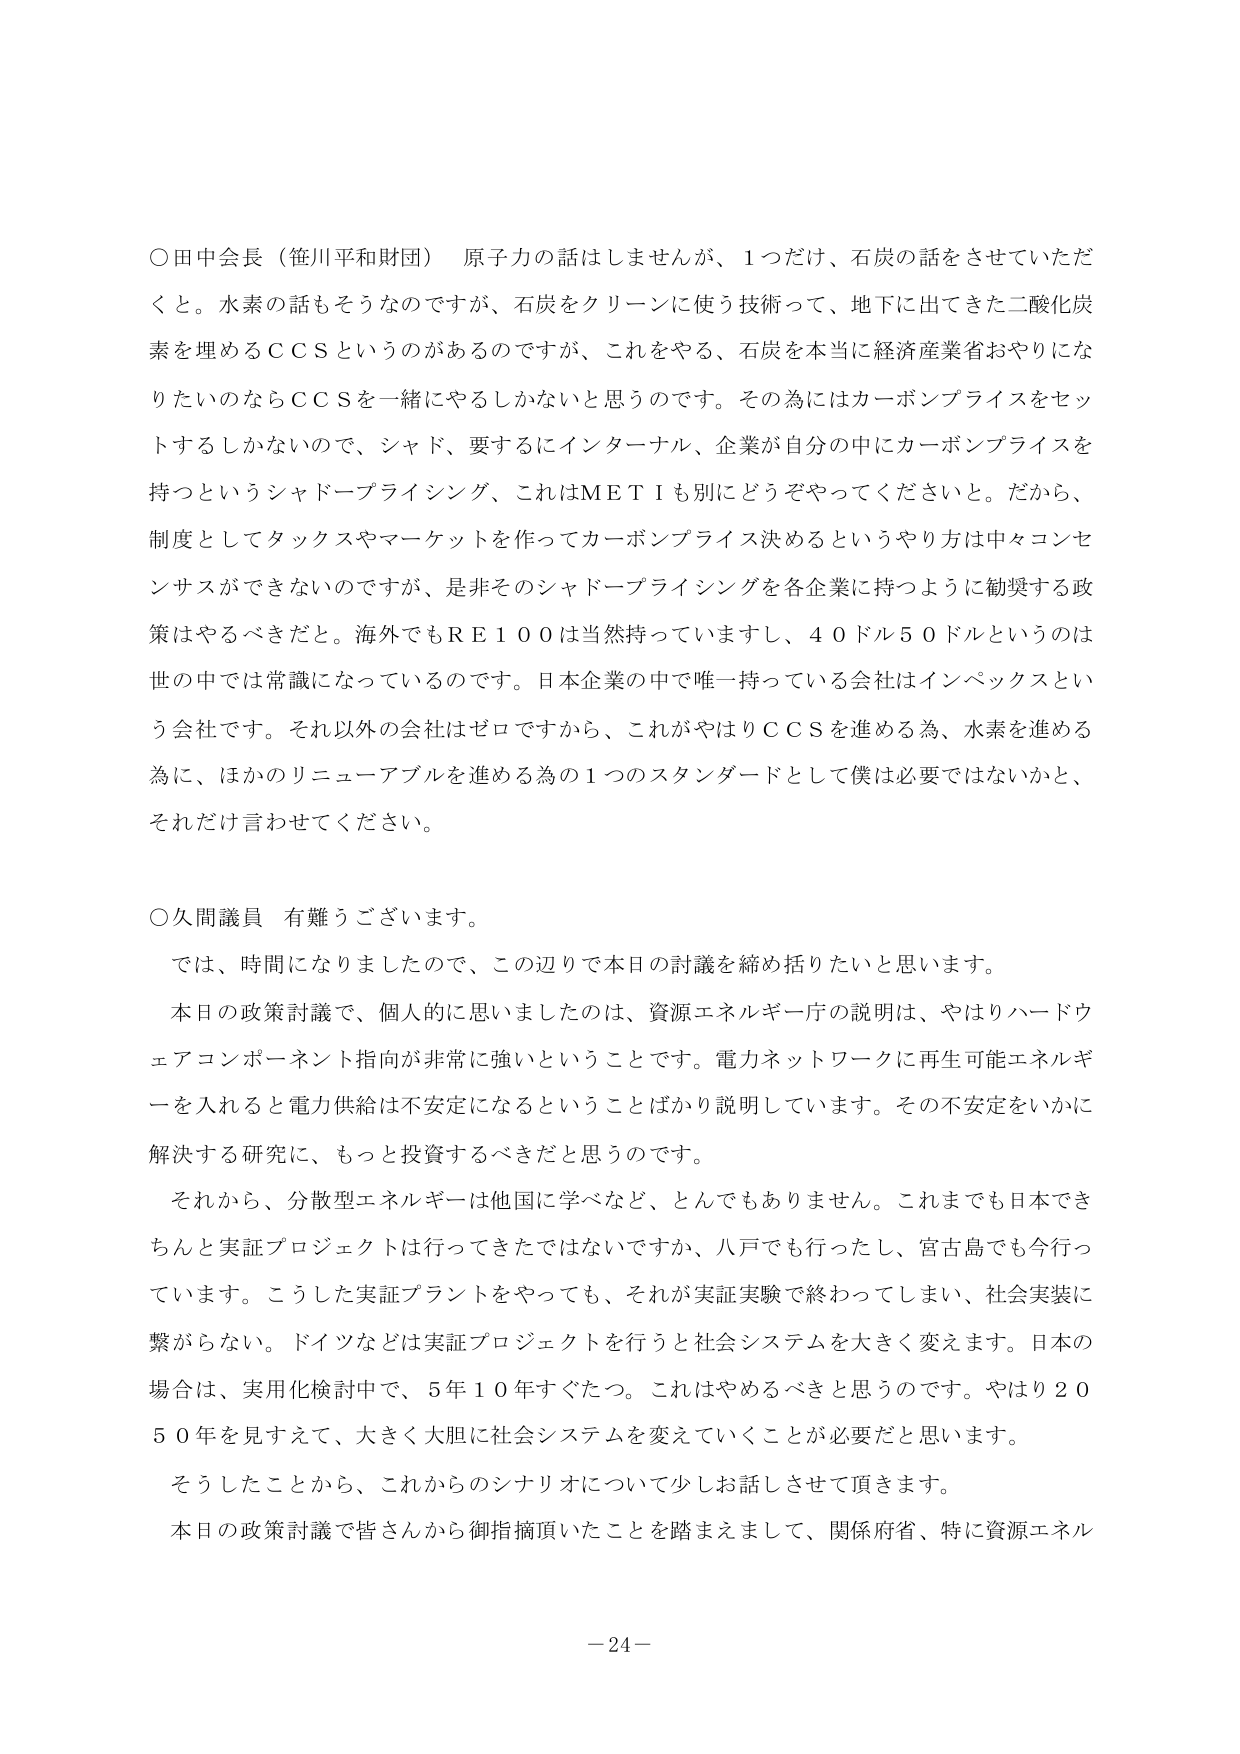
○田中会長（笹川平和財団） 原子力の話はしませんが、1つだけ、石炭の話をさせていただくと。水素の話もそうなのですが、石炭をクリーンに使う技術って、地下に出てきた二酸化炭素を埋めるＣＣＳというのがあるのですが、これをやる、石炭を本当に経済産業省おやりになりたいのならＣＣＳを一緒にやるしかないと思うのです。その為にはカーボンプライスをセットするしかないので、シャド、要するにインターナル、企業が自分の中にカーボンプライスを持つというシャドープライシング、これはＭＥＴＩも別にどうぞやってくださいと。だから、制度としてタックスやマーケットを作ってカーボンプライス決めるというやり方は中々コンセンサスができないのですが、是非そのシャドープライシングを各企業に持つように勧奨する政策はやるべきだと。海外でもＲＥ１００は当然持っていますし、４０ドル５０ドルというのは世の中では常識になっているのです。日本企業の中で唯一持っている会社はインペックスという会社です。それ以外の会社はゼロですから、これがやはりＣＣＳを進める為、水素を進める為に、ほかのリニューアブルを進める為の１つのスタンダードとして僕は必要ではないかと、それだけ言わせてください。

○久間議員 有難うございます。
　では、時間になりましたので、この辺りで本日の討議を締め括りたいと思います。
　本日の政策討議で、個人的に思いましたのは、資源エネルギー庁の説明は、やはりハードウェアコンポーネント指向が非常に強いということです。電力ネットワークに再生可能エネルギーを入れると電力供給は不安定になるということばかり説明しています。その不安定をいかに解決する研究に、もっと投資するべきだと思うのです。
　それから、分散型エネルギーは他国に学べなど、とんでもありません。これまでも日本できちんと実証プロジェクトは行ってきたではないですか、八戸でも行ったし、宮古島でも今行っています。こうした実証プラントをやっても、それが実証実験で終わってしまい、社会実装に繋がらない。ドイツなどは実証プロジェクトを行うと社会システムを大きく変えます。日本の場合は、実用化検討中で、５年１０年すぐたつ。これはやめるべきだと思うのです。やはり２０５０年を見すえて、大きく大胆に社会システムを変えていくことが必要だと思います。
　そうしたことから、これからのシナリオについて少しお話しさせて頂きます。
　本日の政策討議で皆さんから御指摘頂いたことを踏まえまして、関係府省、特に資源エネル

－24－